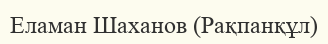
Еламан Шаханов (Рақпанқұл)